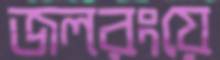
জলরংয়ে